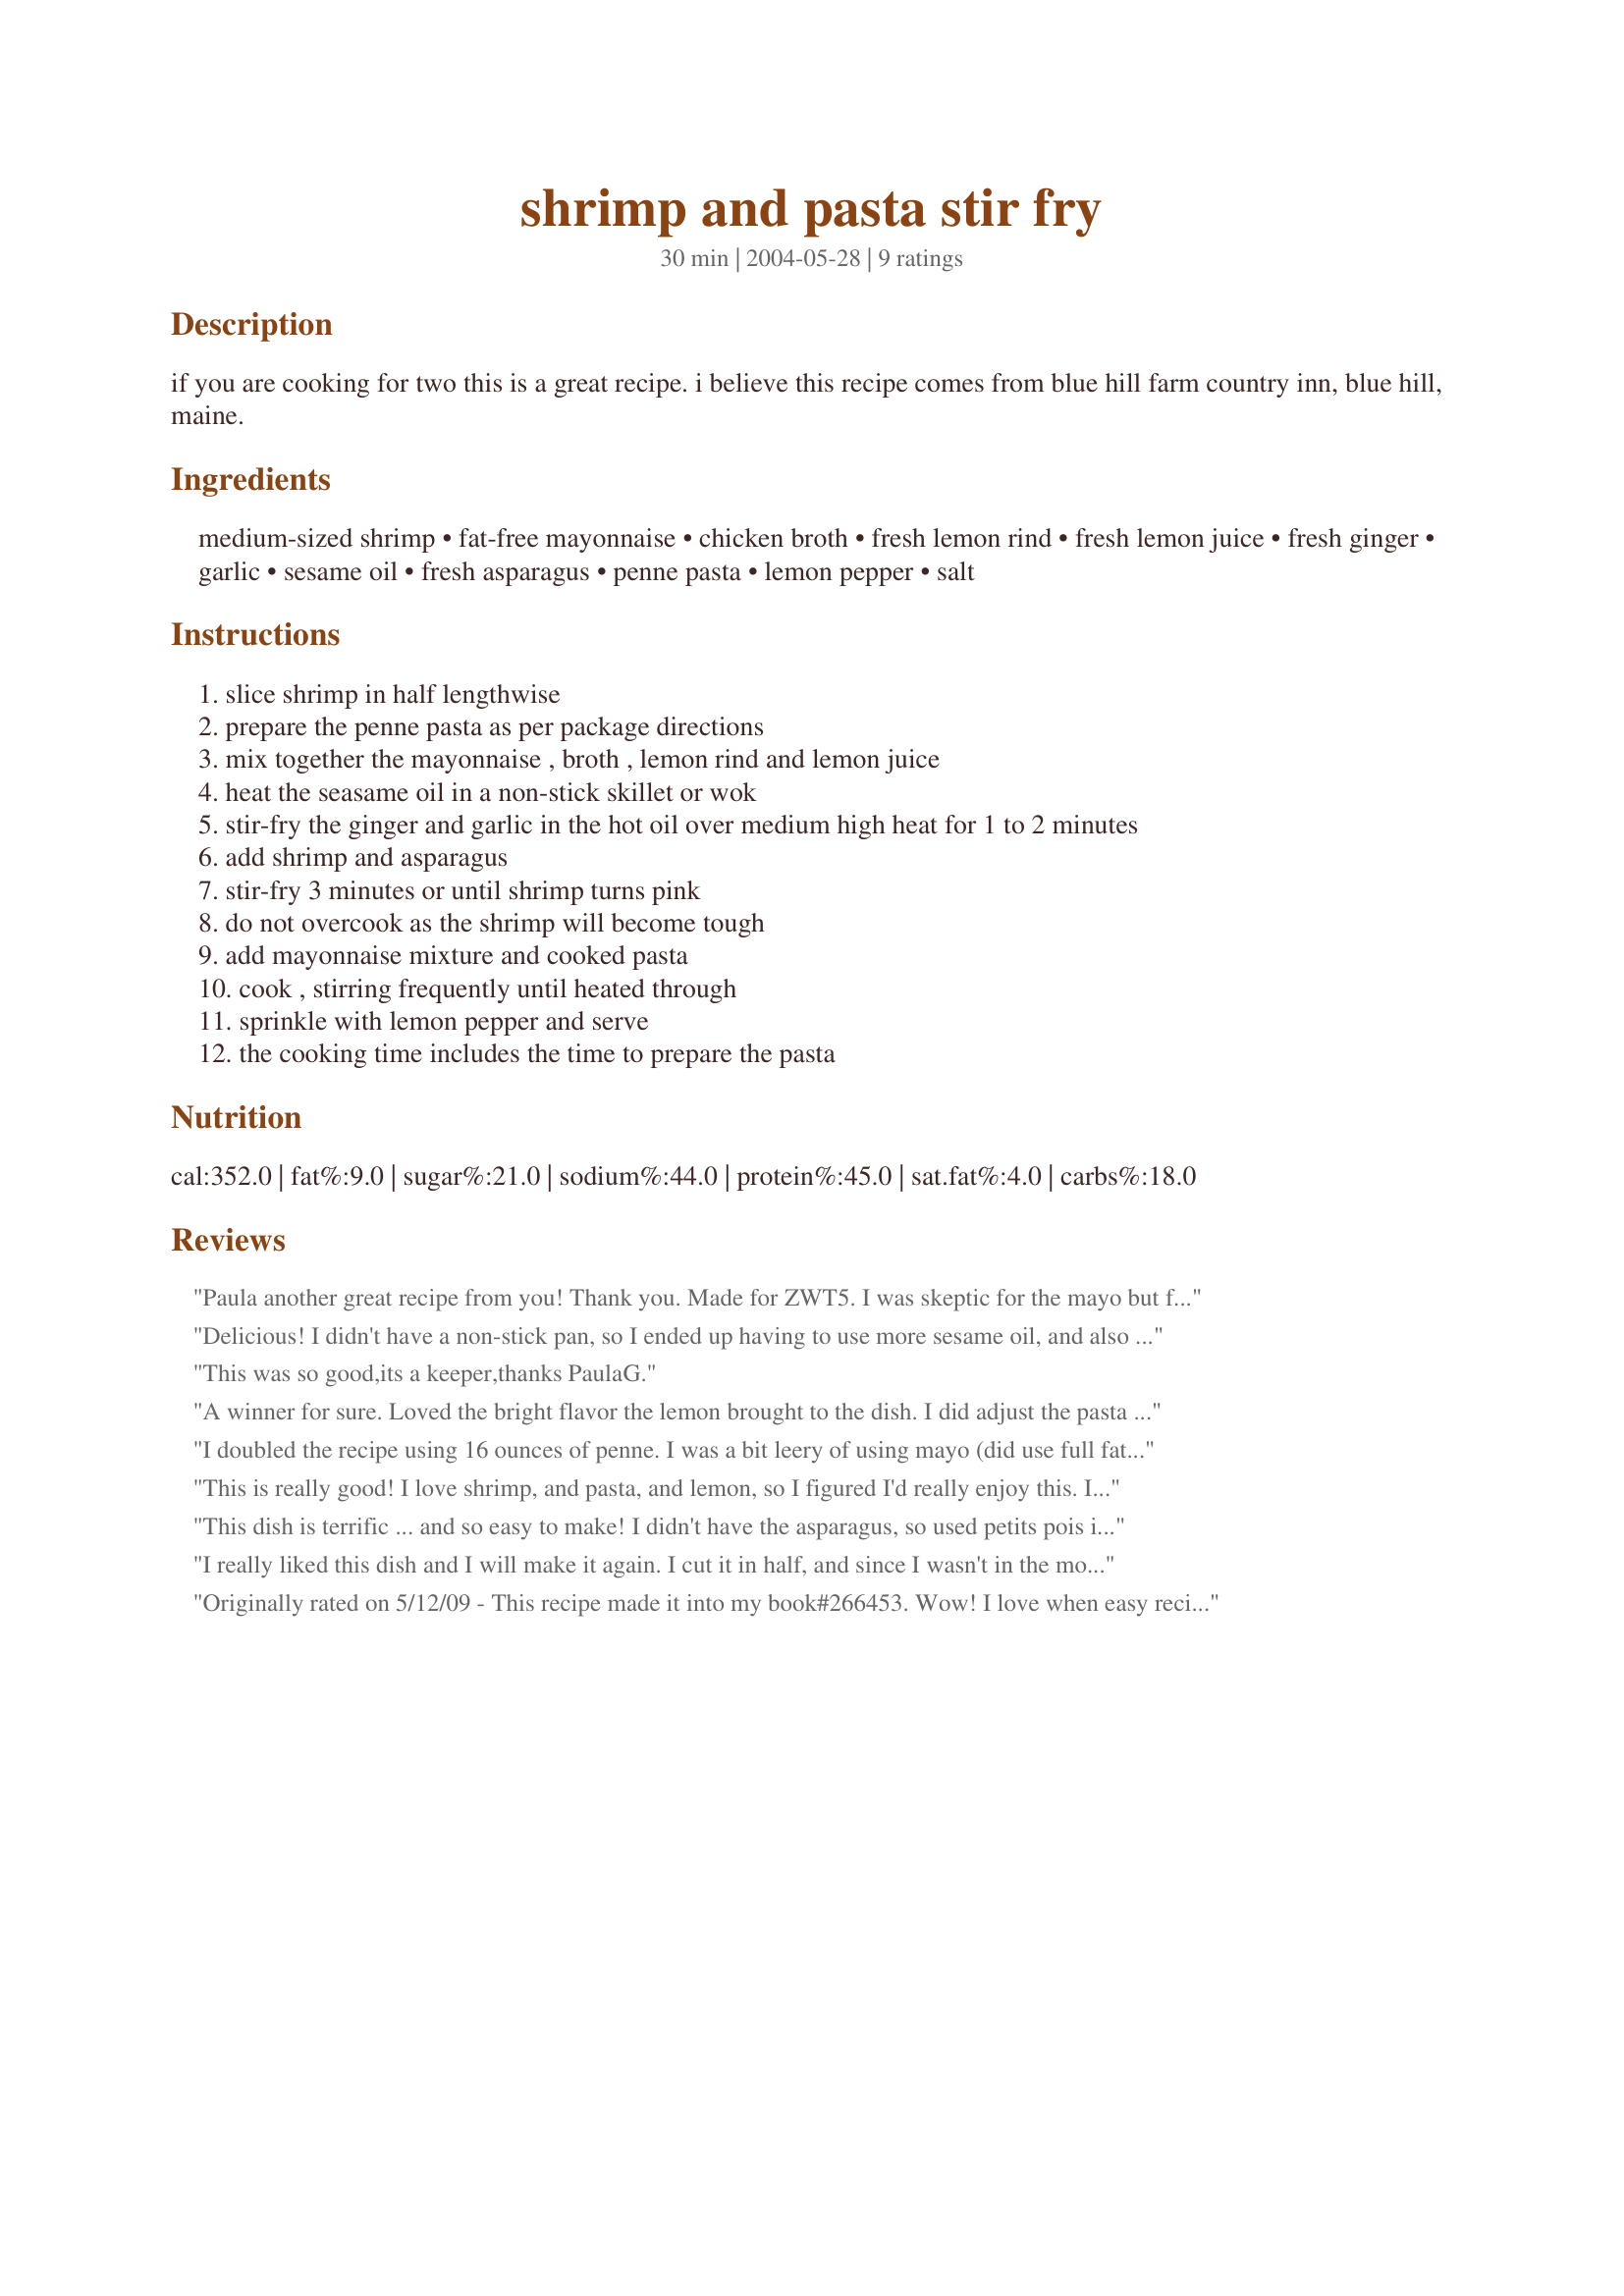
shrimp and pasta stir fry
Preparation time: 30 minutes

if you are cooking for two this is a great recipe. i believe this recipe comes from blue hill farm country inn, blue hill, maine.

Ingredients:
medium-sized shrimp, fat-free mayonnaise, chicken broth, fresh lemon rind, fresh lemon juice, fresh ginger, garlic, sesame oil, fresh asparagus, penne pasta, lemon pepper, salt

Steps:
slice shrimp in half lengthwise
prepare the penne pasta as per package directions
mix together the mayonnaise , broth , lemon rind and lemon juice
heat the seasame oil in a non-stick skillet or wok
stir-fry the ginger and garlic in the hot oil over medium high heat for 1 to 2 minutes
add shrimp and asparagus
stir-fry 3 minutes or until shrimp turns pink
do not overcook as the shrimp will become tough
add mayonnaise mixture and cooked pasta
cook , stirring frequently until heated through
sprinkle with lemon pepper and serve
the cooking time includes the time to prepare the pasta

Reviews:
Paula another great recipe from you! Thank you. Made for ZWT5. I was skeptic for the mayo but followed directions and was I glad I did. DH and I enjoyed this for dinner last night. A bit of leftovers for lunch today. I did use full fat mayo as that is all I had and I also used brocolli instead of asparagus. Thought I had enough but did not so subbed in. Came out fabulous! Wil make this again. 5 stars for ease of making, 5 stars for the meal itself. Super! <br/>OMG! I just made this again for AUS/NZ Swap 51. I really like this! This time I used the asparagus and WOW what a difference in taste. Both are fabulous! Thank you Paula.
Delicious! I didn't have a non-stick pan, so I ended up having to use more sesame oil, and also olive oil. Instead of penne, I made it with spaghetti. Other than that and using regulary mayo, I stuck to the recipe, and it turned out quite nicely. It was more mildly flavored than most dishes I make, but I liked the light and fresh flavor--my husband commented that the asparagus was perfectly cooked.
This was so good,its a keeper,thanks PaulaG.
A winner for sure. Loved the bright flavor the lemon brought to the dish. I did adjust the pasta amount a bit to serve 3, but kept the other amounts the same and used regular mayo. Funny how the shrimp curled up ,when cut in half, while cooking. :)
I doubled the recipe using 16 ounces of penne. I was a bit leery of using mayo (did use full fat)â€¦ but boy-oh-boyâ€¦ what a great idea! The smell and flavors were awesome! I did not use the lemon pepper. My DH kept saying WOW! Definitely company worthy, but oh so simple to make.
This is really good! I love shrimp, and pasta, and lemon, so I figured I'd really enjoy this. I'd love to try it with asparagus, but with the current price so high I'll have to wait until my plants start producing again. Instead I used bell peppers, which give a nice crunch and pretty color to the dish, along with some chopped parsley to add a bit of green color. The sauce feels a lot richer in the mouth than the ingredients lead you to believe- I could swear I'm eating a full fat cream sauce. The lemon is a VERY strong influence in this dish; if you don't like lemon, move on to another recipe. I, however, love lemon, and would be happy to lick every last bit of sauce off of the serving dish. Great dish, thanks for sharing! Made for ZWT8
This dish is terrific ... and so easy to make! I didn't have the asparagus, so used petits pois instead, and it worked well. Next time ... asparagus.
I really liked this dish and I will make it again. I cut it in half, and since I wasn't in the mood for pasta I skipped it. I subbed french cut green beans for the aspargus and reg. mayo not fat free. I like garlic so I added an extra clove at the beginning and then added one more after mixing everything together, I also added a pinch of red pepper flakes for a little extra zip. I will make this again with the pasta, though it makes a great dish w/o it. The light creamy sauce with the beans were perfect with a little naan bread I had for dipping.
Originally rated on 5/12/09 - This recipe made it into my book#266453. Wow! I love when easy recipes end up being delicious and flavorful. I doubled the recipe for 4 people and did not halve the shrimp. Other than that, I made exactly as directed and I'm so glad that I did. The asparagus was perfectly done, with just a slight crunch. The flavor is lemony (not too much so) and the texture is creamy. What's not to love? I will put this in my favorites file. Thanks! ~Made for ZWT5~
